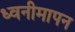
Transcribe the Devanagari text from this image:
ध्वनीमापन